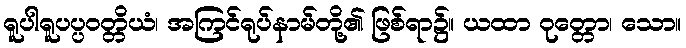
ရူပါရူပပ္ပဝတ္တိယံ၊ အကြင်ရုပ်နာမ်တို့၏ ဖြစ်ရာ၌။ ယထာ ဝုတ္တော၊ သော။